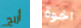
أربح اخوة